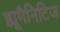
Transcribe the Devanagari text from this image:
ह्यूमैनिटिज